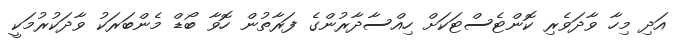
އަދި މިހާ ވާދަވެރި ކޮންޓެސްޓަކަށް ހިއްސާދާރުންގެ ފަރާތުން ހޮވާ ބޯޑް މެންބަރަކު ވާދަކުރުމަކީ